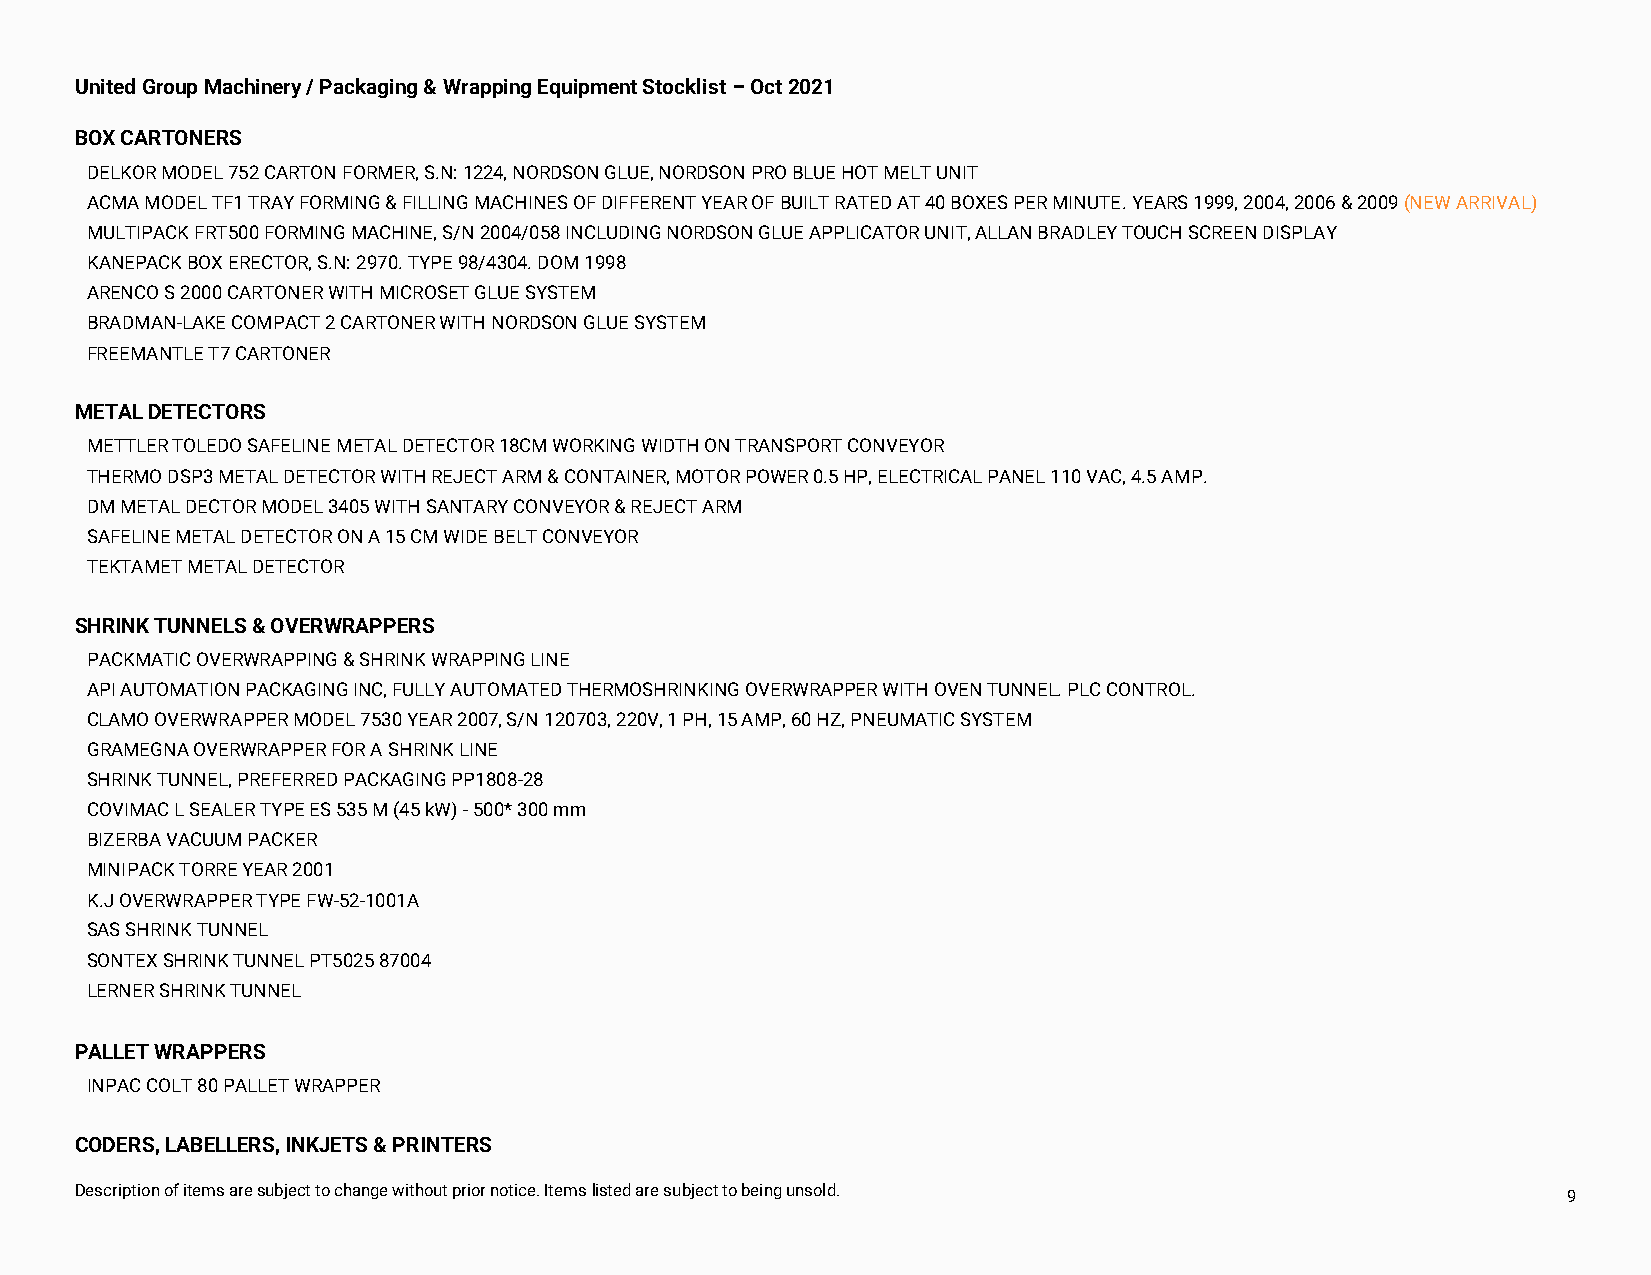
United Group Machinery / Packaging & Wrapping Equipment Stocklist – Oct 2021
 BOX CARTONERS
 DELKOR MODEL 752 CARTON FORMER, S.N: 1224, NORDSON GLUE, NORDSON PRO BLUE HOT MELT UNIT
 ACMA MODEL TF1 TRAY FORMING & FILLING MACHINES OF DIFFERENT YEAR OF BUILT RATED AT 40 BOXES PER MINUTE. YEARS 1999, 2004, 2006 & 2009 (NEW ARRIVAL)
 MULTIPACK FRT500 FORMING MACHINE, S/N 2004/058 INCLUDING NORDSON GLUE APPLICATOR UNIT, ALLAN BRADLEY TOUCH SCREEN DISPLAY
 KANEPACK BOX ERECTOR, S.N: 2970. TYPE 98/4304. DOM 1998
 ARENCO S 2000 CARTONER WITH MICROSET GLUE SYSTEM
 BRADMAN-LAKE COMPACT 2 CARTONER WITH NORDSON GLUE SYSTEM
 FREEMANTLE T7 CARTONER
 METAL DETECTORS
 METTLER TOLEDO SAFELINE METAL DETECTOR 18CM WORKING WIDTH ON TRANSPORT CONVEYOR
 THERMO DSP3 METAL DETECTOR WITH REJECT ARM & CONTAINER, MOTOR POWER 0.5 HP, ELECTRICAL PANEL 110 VAC, 4.5 AMP.
 DM METAL DECTOR MODEL 3405 WITH SANTARY CONVEYOR & REJECT ARM
 SAFELINE METAL DETECTOR ON A 15 CM WIDE BELT CONVEYOR
 TEKTAMET METAL DETECTOR
 SHRINK TUNNELS & OVERWRAPPERS
 PACKMATIC OVERWRAPPING & SHRINK WRAPPING LINE
 API AUTOMATION PACKAGING INC, FULLY AUTOMATED THERMOSHRINKING OVERWRAPPER WITH OVEN TUNNEL. PLC CONTROL.
 CLAMO OVERWRAPPER MODEL 7530 YEAR 2007, S/N 120703, 220V, 1 PH, 15 AMP, 60 HZ, PNEUMATIC SYSTEM
 GRAMEGNA OVERWRAPPER FOR A SHRINK LINE
 SHRINK TUNNEL, PREFERRED PACKAGING PP1808-28
 COVIMAC L SEALER TYPE ES 535 M (45 kW) - 500* 300 mm
 BIZERBA VACUUM PACKER
 MINIPACK TORRE YEAR 2001
 K.J OVERWRAPPER TYPE FW-52-1001A
 SAS SHRINK TUNNEL
 SONTEX SHRINK TUNNEL PT5025 87004
 LERNER SHRINK TUNNEL
 PALLET WRAPPERS
 INPAC COLT 80 PALLET WRAPPER
 CODERS, LABELLERS, INKJETS & PRINTERS
 Description of items are subject to change without prior notice. Items listed are subject to being unsold. 9